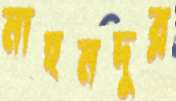
মাহমদুর